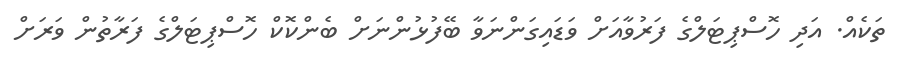
ތަކެއް. އަދި ހޮސްޕިޓަލްގެ ފަރުވާއަށް ވަޑައިގަންނަވާ ބޭފުޅުންނަށް ބެންކޮކް ހޮސްޕިޓަލްގެ ފަރާތުން ވަރަށް